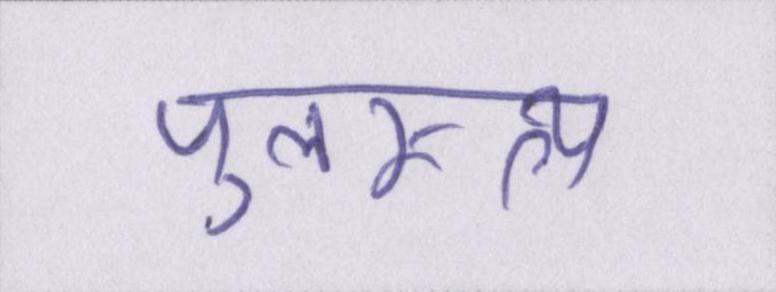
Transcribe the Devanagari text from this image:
पुलस्त्य